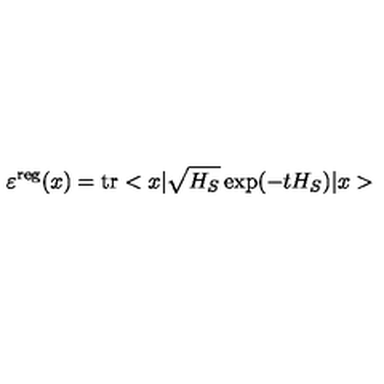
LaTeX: \varepsilon ^ { \mathrm { r e g } } ( x ) = \mathrm { t r } < x | \sqrt { H _ { S } } \exp ( - t H _ { S } ) | x >